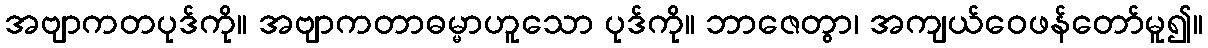
အဗျာကတပုဒ်ကို။ အဗျာကတာဓမ္မာဟူသော ပုဒ်ကို။ ဘာဇေတွာ၊ အကျယ်ဝေဖန်တော်မူ၍။